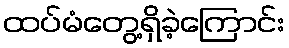
ထပ်မံတွေ့ရှိခဲ့ကြောင်း